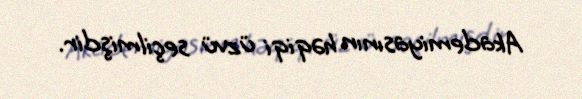
Akademiyasının həqiqi üzvü seçilmişdir.